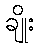
ချိုး